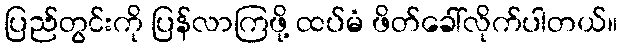
ပြည်တွင်းကို ပြန်လာကြဖို့ ထပ်မံ ဖိတ်ခေါ်လိုက်ပါတယ်။